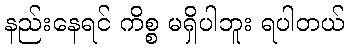
နည်းနေရင် ကိစ္စ မရှိပါဘူး ရပါတယ်